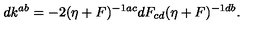
d k ^ { a b } = - 2 ( \eta + F ) ^ { - 1 a c } d F _ { c d } ( \eta + F ) ^ { - 1 d b } .